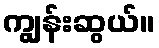
ကျွန်းဆွယ်။